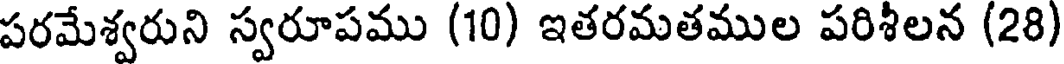
పరమేశ్వరుని స్వరూపము (10) ఇతరమతముల పరిశీలన (28)